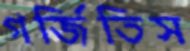
গর্জিতিস